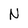
Character: N